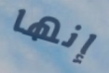
إنها